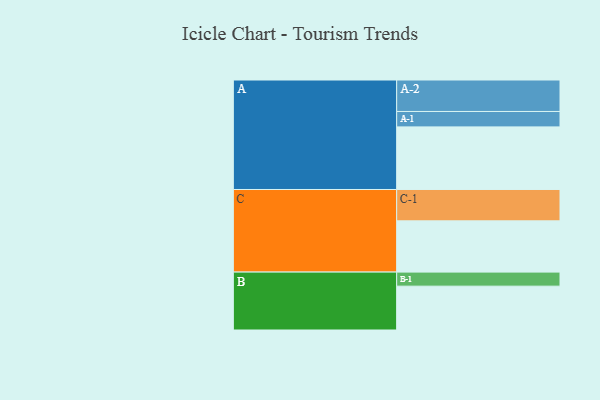
{"axis": {"x": "Segment", "y": "Value"}, "legend": ["", "A", "B", "C"], "data": [{"x": "A", "y": 557, "type": ""}, {"x": "B", "y": 390, "type": ""}, {"x": "C", "y": 456, "type": ""}, {"x": "A-1", "y": 137, "type": "A"}, {"x": "A-2", "y": 280, "type": "A"}, {"x": "B-1", "y": 125, "type": "B"}, {"x": "C-1", "y": 279, "type": "C"}]}